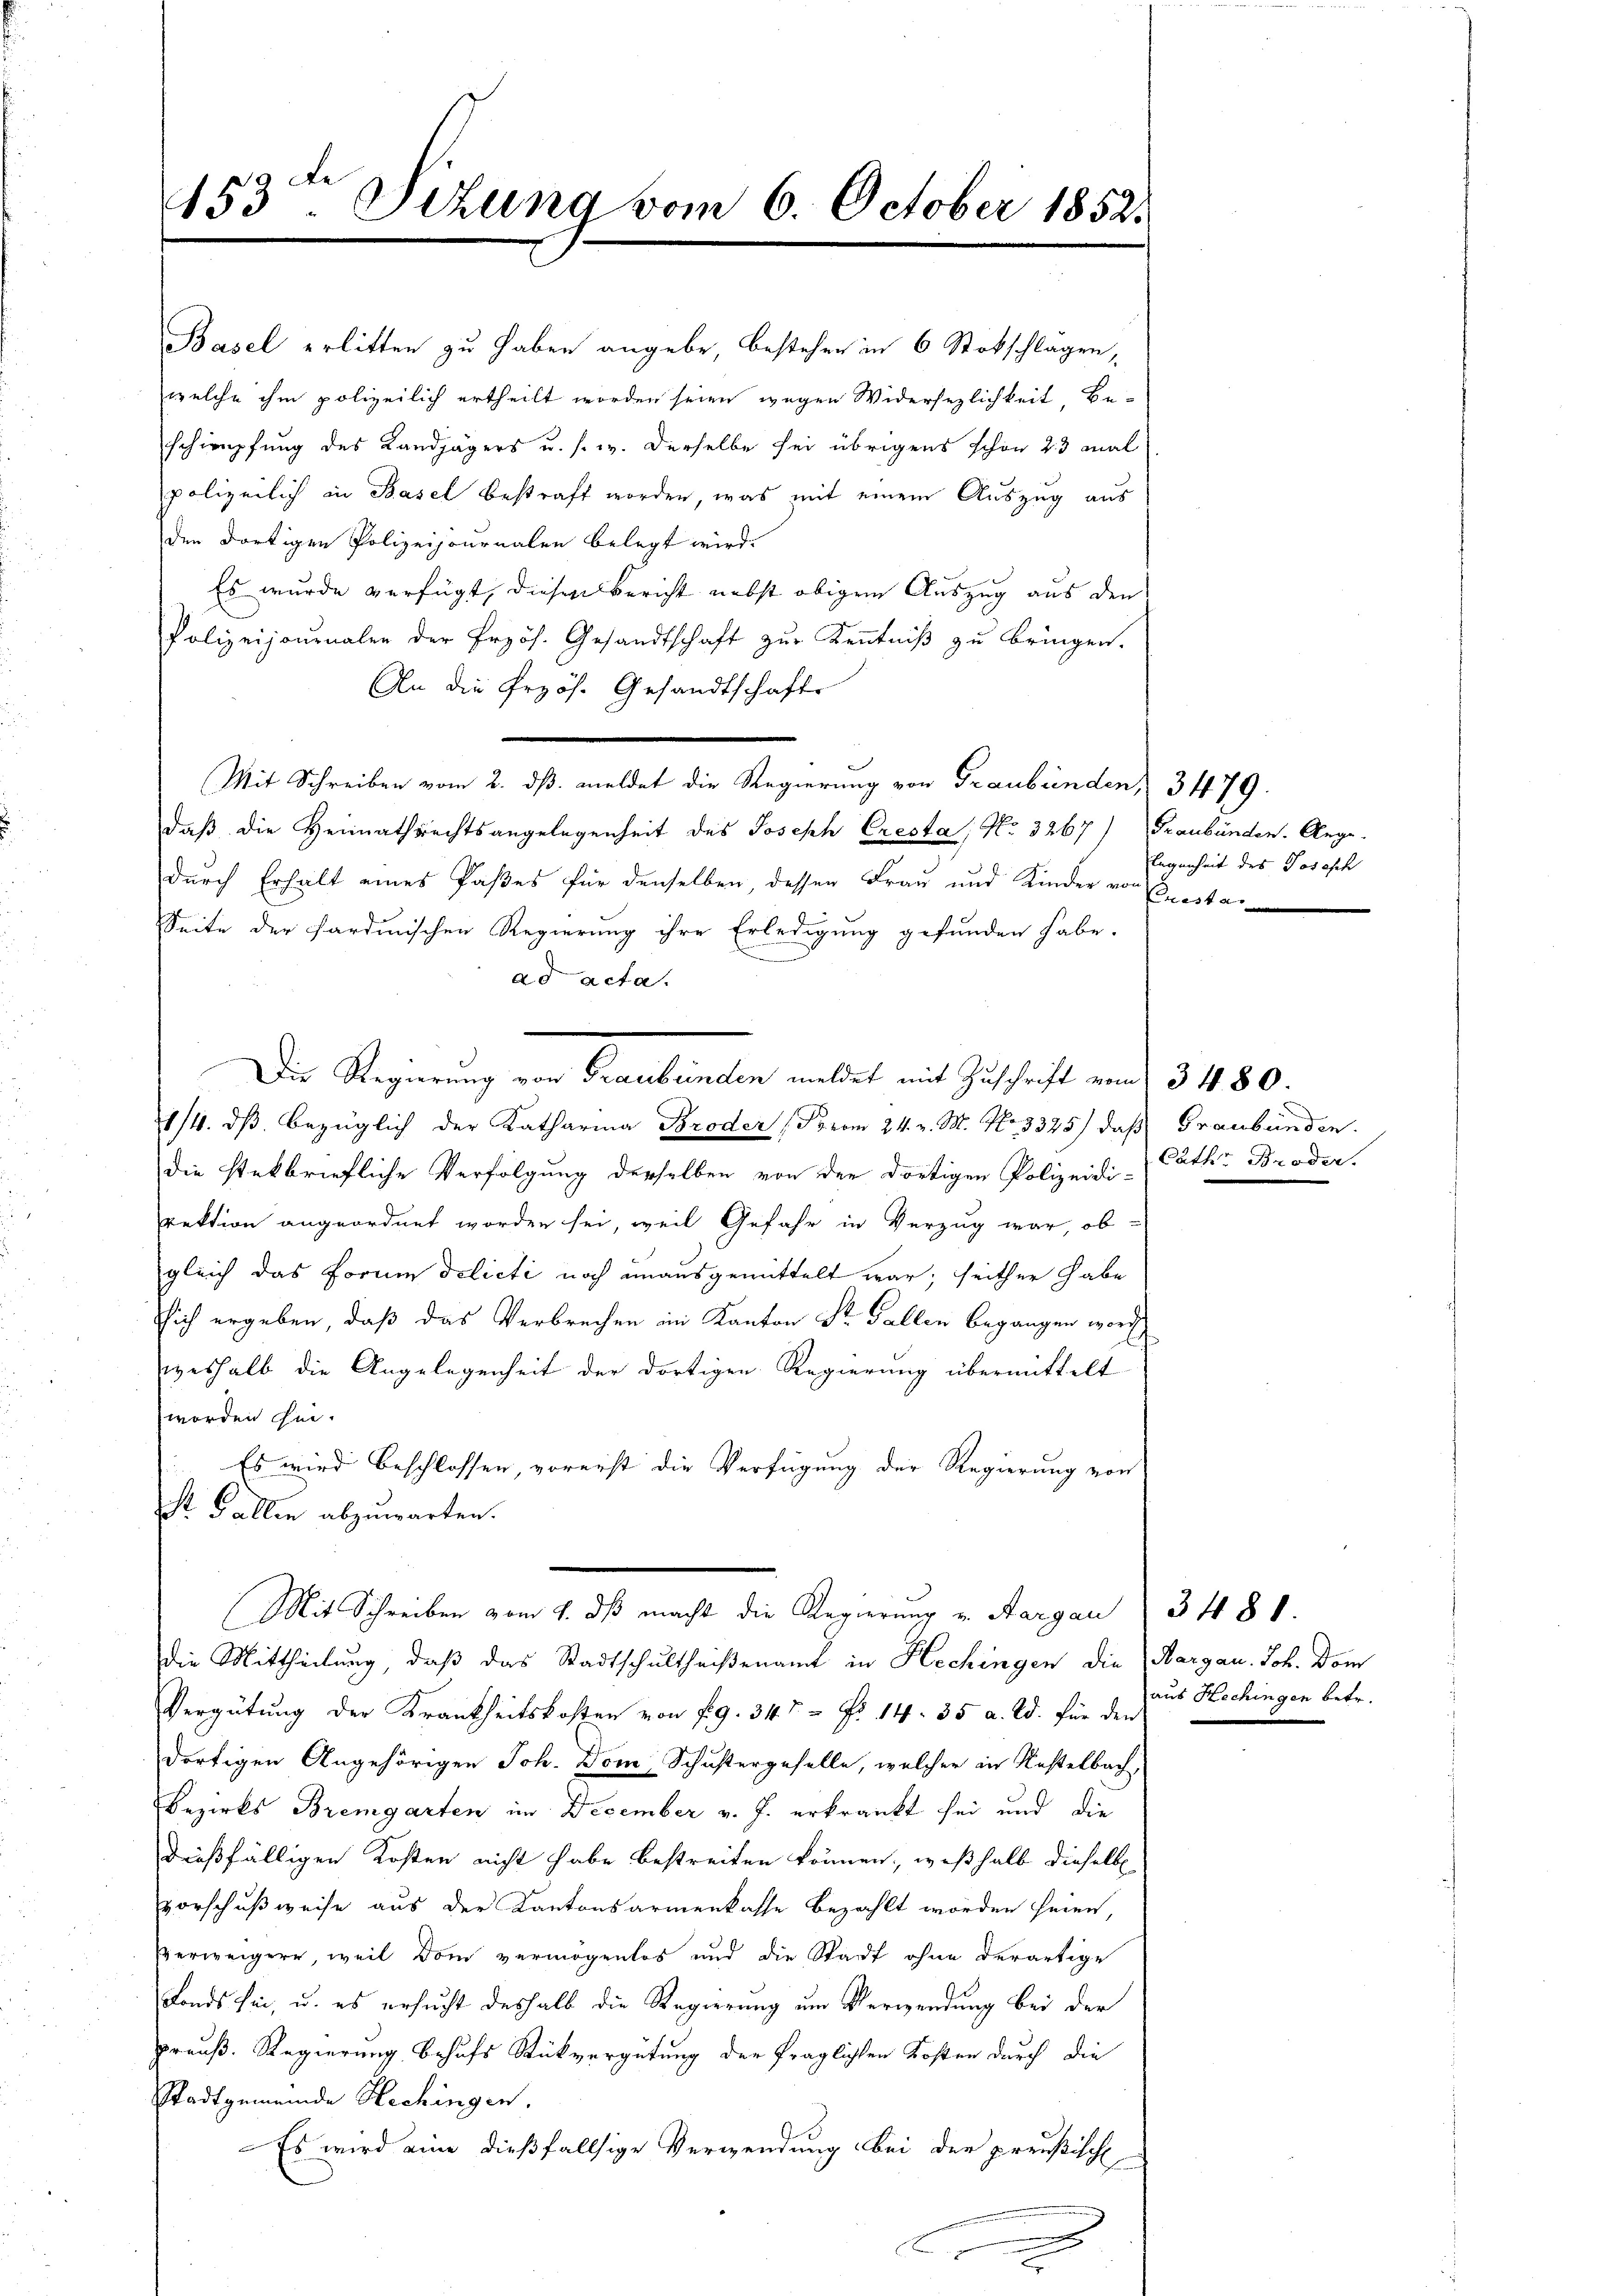
453. Sitzung vom 6. October 18521

Basel erlitten zu haben angebe, bestehen in 6 Stokschlägen,
welche ihm polizeilich ertheilt worden seien wegen Widersezlichkeit, Be-
schimpfung des Landjägers u. s. w. derselbe sei übrigens schon 23 mal
polizeilich in Basel bestraft worden, was mit einem Auszug aus
den dortigen Polizeijournalen belegt wird.
Es wurde verfügt, diesen Bericht nebst obigen Auszug aus den
Polizeijournalen der Frzös. Gesandtschaft zŭr Kenntniβ zŭ bringen.
An die Przös. Gesandtschafte
Mit Schreiben vom 2. dß. meldet die Regierung von Graubünden 3479.
daß die Heimathrechtsangelegenheit des Joseph Cresta; No. 3267) Graubünden. Ange-
durch Erhalt eines Paßes für denselben, dessen Frau und Kinder von Cresta
Seite der Sardinischen Regierung ihre Erledigung gefunden habe.
ad acta.
Die Regierung von Graubünden meldet mit Zuschrift vom 3 480.
1/4. dβ bezüglich der Katharina Broder (Porom 24. v. M. No. 3325) daß Graubünden.
die steckbriefliche Verfolgung derselben von der dortigen Polizeidi- Cathe Broder,
rektion angeordnet worden sei, weil Gefahr in Verzug war, ob-
gleich das Forme delicti noch unausgemittelt war; seither habe
Eich ergeben, daß das Verbrechen im Kanton Sr. Gallen begangen word
weshalb die Angelegenheit der dortigen Regierung übermittelt
worden sei.
Es wird beschlossen, vorerst die Verfügung der Regierung von
St. Gallen abzuwarten.
.
(Mit Schreiben vom 9. dβ macht die Regierung u. Aargau (3488.
die Mittheilung, daß das Stadtschultheisenamt in Hechingen die Margau. Joh. Dom
Vergütung der Krankheitskosten von 19. 347 Fr. 14. 35 a. Ed. für den
dortigen Angehörigen Joh. Dom, Schustergeselle, welcher in Kastelbach,
Bezirks Bremgarten im December v. J. erkrankt sei und die
dießfälligen Kosten nicht habe bestreiten können, weßhalb dieselbe
vorschußweise aus der Kantonsarmenkasse bezahlt worden seien,
Verweigern, weil Dom vermögenlos und die Stadt ohne derartige
Fonds sei, u. es ersucht deshalb die Regierung um Verwendung bei der
preuß. Regierung behufs Rückvergütung der fraglichen Kosten durch die
Stadtgemeinde Hechingen,
Es wird eine dießfallsige Verwendung bei der preußische

legenheit des Josefch

aus Hechingen betr.